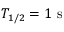
T _ { 1 / 2 } = 1 \ \mathrm { s }